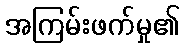
အကြမ်းဖက်မှု၏